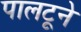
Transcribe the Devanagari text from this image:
पालटूने